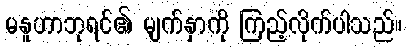
မနူဟာဘုရင်၏ မျက်နှာကို ကြည့်လိုက်ပါသည်။